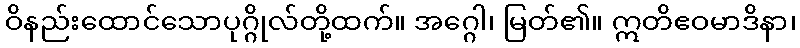
ဝိနည်းထောင်သောပုဂ္ဂိုလ်တို့ထက်။ အဂ္ဂေါ၊ မြတ်၏။ ဣတိဧဝမာဒိနာ၊